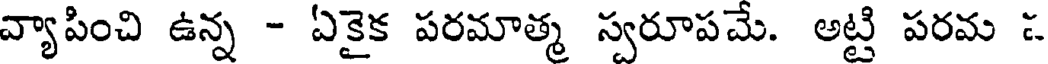
వ్యాపించి ఉన్న - ఏకైక పరమాత్మ స్వరూపమే. అట్టి పరమ